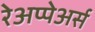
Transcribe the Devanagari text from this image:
रेअप्पेअर्स